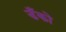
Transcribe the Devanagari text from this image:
डँको